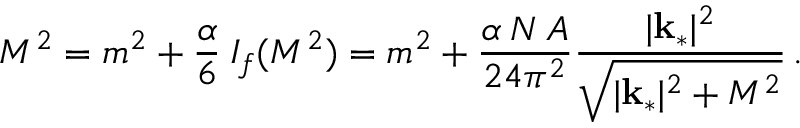
M ^ { 2 } = m ^ { 2 } + \frac { \alpha } { 6 } \: I _ { f } ( M ^ { 2 } ) = m ^ { 2 } + \frac { \alpha \: N \: A } { 2 4 \pi ^ { 2 } } \frac { | { \bf k } _ { * } | ^ { 2 } } { \sqrt { | { \bf k } _ { * } | ^ { 2 } + M ^ { 2 } } } \, .